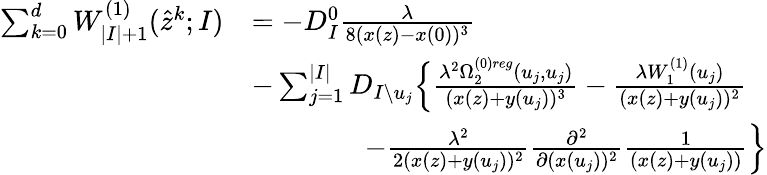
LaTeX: \begin{array}{rl}{\sum_{k=0}^{d}W_{|I|+1}^{(1)}(\hat{z}^{k};I)}&{=-D_{I}^{0}\frac{\lambda}{8(x(z)-x(0))^{3}}}\\ &{-\sum_{j=1}^{|I|}D_{I\setminus u_{j}}\Big\{ \frac{\lambda^{2}\Omega_{2}^{(0)reg}(u_{j},u_{j})}{(x(z)+y(u_{j}))^{3}}-\frac{\lambda W_{1}^{(1)}(u_{j})}{(x(z)+y(u_{j}))^{2}}}\\ &{\qquad\qquad-\frac{\lambda^{2}}{2(x(z)+y(u_{j}))^{2}}\frac{\partial^{2}}{\partial(x(u_{j}))^{2}}\frac{1}{(x(z)+y(u_{j}))}\Big\} }\end{array}